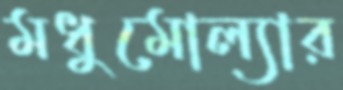
মধুমোল্যার